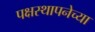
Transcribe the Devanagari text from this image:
पक्षस्थापनेच्या